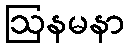
ဩနမနာ